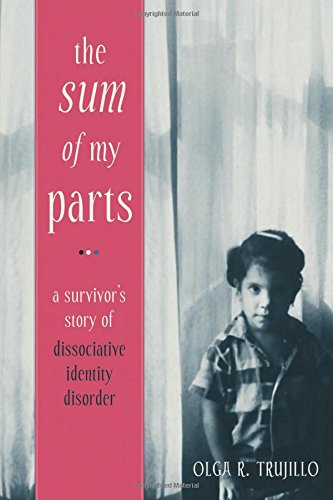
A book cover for The Sum of My Parts: A Survivor's Story of Dissociative Identity Disorder; Olga Trujillo JD; Health, Fitness & Dieting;